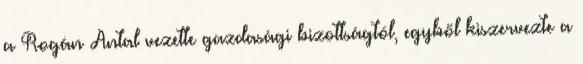
a Rogán Antal vezette gazdasági bizottságtól, egyből kiszervezte a